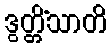
ဒွတ္တိံသာတိ